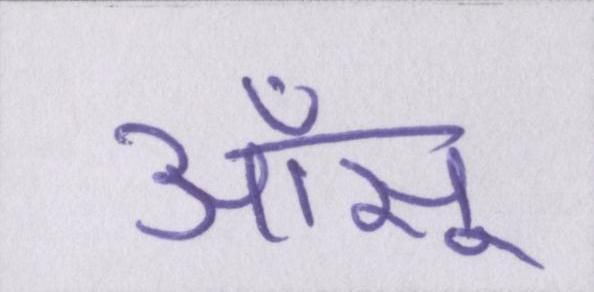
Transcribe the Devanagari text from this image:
आँसू